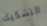
التشكيك